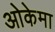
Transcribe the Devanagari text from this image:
ओकेमा